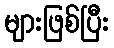
များဖြစ်ပြီး